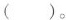
( )。